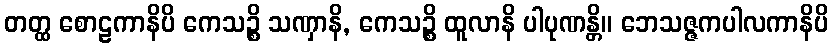
တတ္ထ စောဠကာနိပိ ကေသဉ္စိ သဏှာနိ, ကေသဉ္စိ ထူလာနိ ပါပုဏန္တိ။ ဘေသဇ္ဇကပါလကာနိပိ